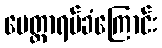
မေတ္တာရပ်ခံကြောင်း